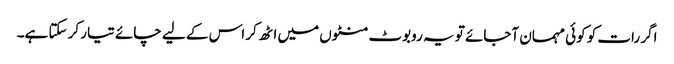
اگر رات کو کوئی مہمان آجائے تو یہ روبوٹ منٹوں میں اٹھ کر اس کے لیے چائے تیار کر سکتا ہے۔